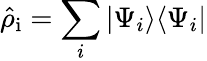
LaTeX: \hat{\rho}_{\mathrm{i}}=\sum_{i}|\Psi_{i}\rangle\langle\Psi_{i}|